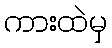
ကားထဲမှ